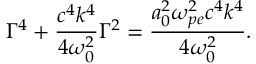
\Gamma ^ { 4 } + \frac { c ^ { 4 } k ^ { 4 } } { 4 \omega _ { 0 } ^ { 2 } } \Gamma ^ { 2 } = \frac { a _ { 0 } ^ { 2 } \omega _ { p e } ^ { 2 } c ^ { 4 } k ^ { 4 } } { 4 \omega _ { 0 } ^ { 2 } } .